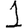
Digit: 1